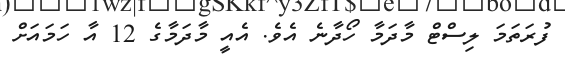
ފުރަތަމަ ލިސްޓް މާދަމާ ހޯދާނެ އެވެ. އެއީ މާދަމާގެ 12 އާ ހަމައަށް